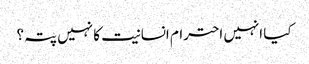
کیا انہیں احترام انسانیت کا نہیں پتہ؟